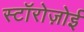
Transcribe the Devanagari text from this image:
स्टॉरोज़ोई